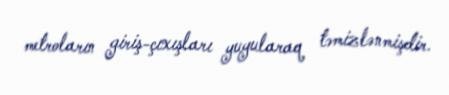
metroların giriş-çıxışları yuyularaq təmizlənmişdir.